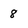
Character: 8